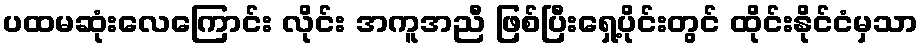
ပထမဆုံးလေကြောင်း လိုင်း အကူအညီ ဖြစ်ပြီးရှေ့ပိုင်းတွင် ထိုင်းနိုင်ငံမှသာ